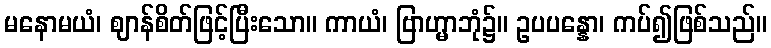
မနောမယံ၊ ဈာန်စိတ်ဖြင့်ပြီးသော။ ကာယံ၊ ဗြာဟ္မာဘုံ၌။ ဥပပန္နော၊ ကပ်၍ဖြစ်သည်။